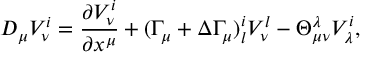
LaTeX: D _ { \mu } V _ { \nu } ^ { i } = \frac { \partial V _ { \nu } ^ { i } } { \partial x ^ { \mu } } + ( \Gamma _ { \mu } + \Delta \Gamma _ { \mu } ) _ { l } ^ { i } V _ { \nu } ^ { l } - \Theta _ { \mu \nu } ^ { \lambda } V _ { \lambda } ^ { i } ,